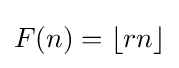
F(n)=\lfloor rn\rfloor